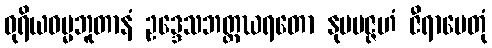
ဓုရိယဓမ္မဘူတာနံ ဥဒ္ဒေသဘတ္တဃရတော နုပပဇ္ဇဟံ ဇီရာပေတုံ